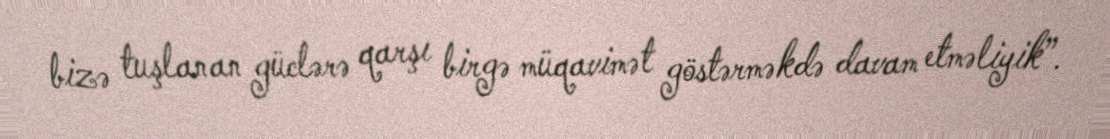
bizə tuşlanan güclərə qarşı birgə müqavimət göstərməkdə davam etməliyik”.